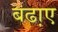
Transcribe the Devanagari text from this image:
बढा़ए